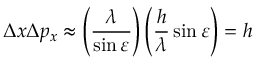
\Delta x \Delta p _ { x } \approx \left( { \frac { \lambda } { \sin \varepsilon } } \right) \left( { \frac { h } { \lambda } } \sin \varepsilon \right) = h